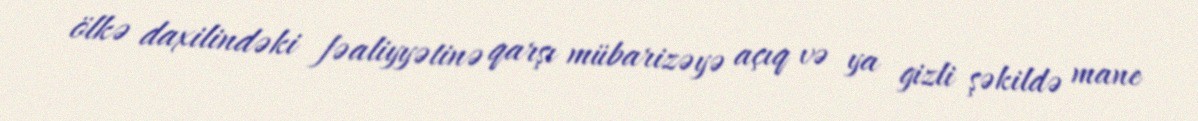
ölkə daxilindəki fəaliyyətinə qarşı mübarizəyə açıq və ya gizli şəkildə mane